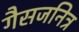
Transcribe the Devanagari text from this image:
गैसजनित्र